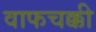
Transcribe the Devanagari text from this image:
वाफचक्की